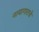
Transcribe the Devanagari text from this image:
नायागाराचे